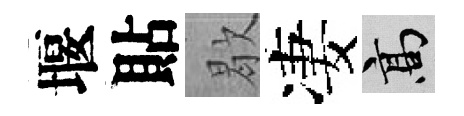
堰貼歇凄高